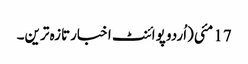
17 مئی(اُردو پوائنٹ اخبارتازہ ترین۔